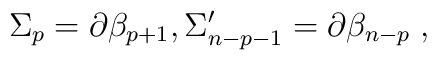
\Sigma _p=\partial \mathcal{\beta }_{p+1},\Sigma _{n-p-1}^{\prime }=\partial \mathcal{\beta }_{n-p}\;,